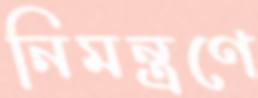
নিমন্ত্রণে